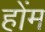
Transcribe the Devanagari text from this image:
होंम